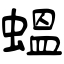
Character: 蝹